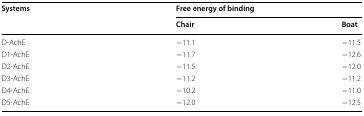
| <ROWSPAN=2> Systems | <COLSPAN=2> Free energy of binding |
 | Chair | Boat |
 | --- | --- | --- |
 | D-AchE | −11.1 | −11.5 |
 | D1-AchE | −11.7 | −12.6 |
 | D2-AchE | −11.5 | −12.0 |
 | D3-AchE | −11.2 | −11.2 |
 | D4-AchE | −10.2 | −11.0 |
 | D5-AchE | −12.0 | −12.5 |